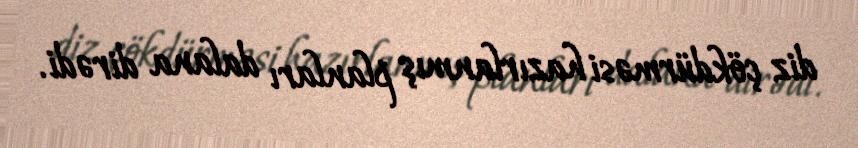
diz çökdürməsi hazırlanmış planları dalana dirədi.